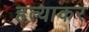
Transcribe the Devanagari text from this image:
हत्याकर